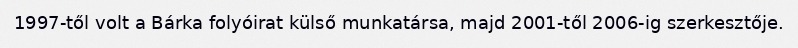
1997-től volt a Bárka folyóirat külső munkatársa, majd 2001-től 2006-ig szerkesztője.